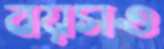
বয়সও